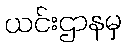
ယင်းဌာနမှ